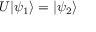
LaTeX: U | \psi _ { 1 } \rangle = | \psi _ { 2 } \rangle